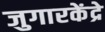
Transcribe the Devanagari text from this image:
जुगारकेंद्रे